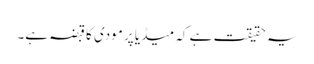
یہ حقیقت ہے کہ میڈیا پر مودی کا قبضہ ہے۔